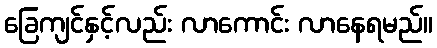
ခြေကျင်နှင့်လည်း လာကောင်း လာနေရမည်။